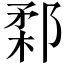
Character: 𨜙